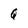
Character: Q